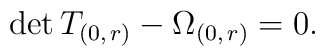
\mathrm{det}\,T_{(0,\, r)}-\Omega_{(0,\,r)}=0.